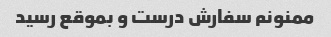
ممنونم سفارش درست و بموقع رسید